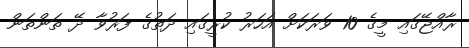
ރާއްޖޭގައި މީގެ 10 ވަރަކަށް އަހަރު ކުރީގައި ދަތުގެ ފަރުވާ ދޭ ތަންތަން